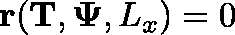
\mathbf { r } ( \mathbf { T } , \mathbf { \Psi } , L _ { x } ) = 0